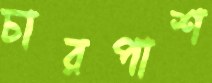
চারপাশ